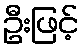
ဦးဖြင့်